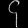
Digit: ၄